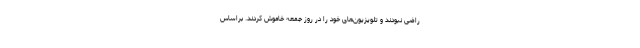
راضی نبودند و تلویزیون‌های خود را در روز جمعه خاموش کردند. براساس